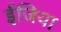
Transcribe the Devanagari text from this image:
ईजिया